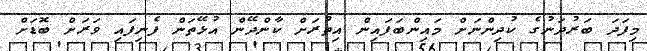
މިފަދަ ބަރުދަނުގެ ކުދިންނަށް މައިންބަފައިން އިތުރަށް ކާންދޭން އުޅޭތަން ފެނިފައި ވަރަށް ބޮޑަށް